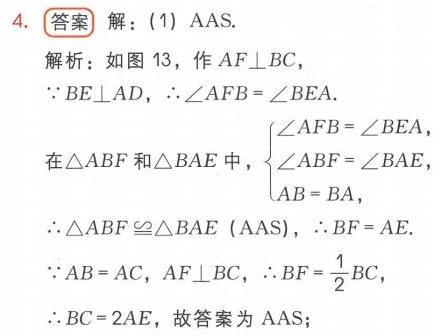
4. **答案** 解：(1) AAS.
解析：如图13，作\(AF\perp BC\)，
\(\because BE\perp AD\)，\(\therefore\angle AFB = \angle BEA\).
在\(\triangle ABF\)和\(\triangle BAE\)中，\(\begin{cases}\angle AFB = \angle BEA\\\angle ABF = \angle BAE\\AB = BA,\end{cases}\)
\(\therefore\triangle ABF\cong\triangle BAE\) (AAS)，\(\therefore BF = AE\).
\(\because AB = AC\)，\(AF\perp BC\)，\(\therefore BF=\frac{1}{2}BC\)，
\(\therefore BC = 2AE\)，故答案为AAS；